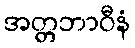
အတ္တဘာဝီနံ